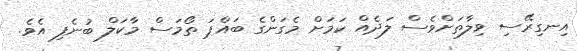
އިނގިރޭސި ވިލާތަށްވެސް ލަދެއް ކަމަށް މެގަންގެ ބައްޕަ ތޯމަސް މާކަލް ބުނެފި އެވެ.